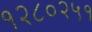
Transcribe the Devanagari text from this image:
१२८०२५१